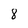
Character: 8